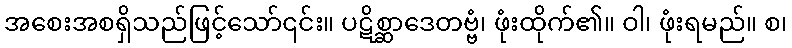
အစေးအစရှိသည်ဖြင့်သော်၎င်း။ ပဋိစ္ဆာဒေတဗ္ဗံ၊ ဖုံးထိုက်၏။ ဝါ၊ ဖုံးရမည်။ စ၊